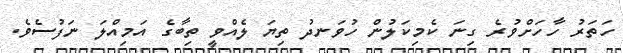
ހަތަރު ހާހަށްވުރެ ގިނަ ކެމިކަލުން ހުވަނދު ތިޔަ ލެއްވީ ތިބާގެ އަމިއްލަ ނަފުސެވެ.